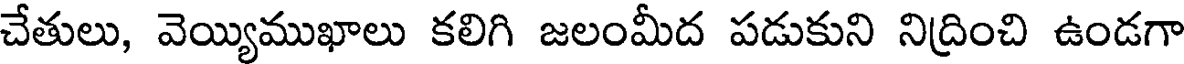
చేతులు, వెయ్యిముఖాలు కలిగి జలంమీద పడుకుని నిద్రించి ఉండగా